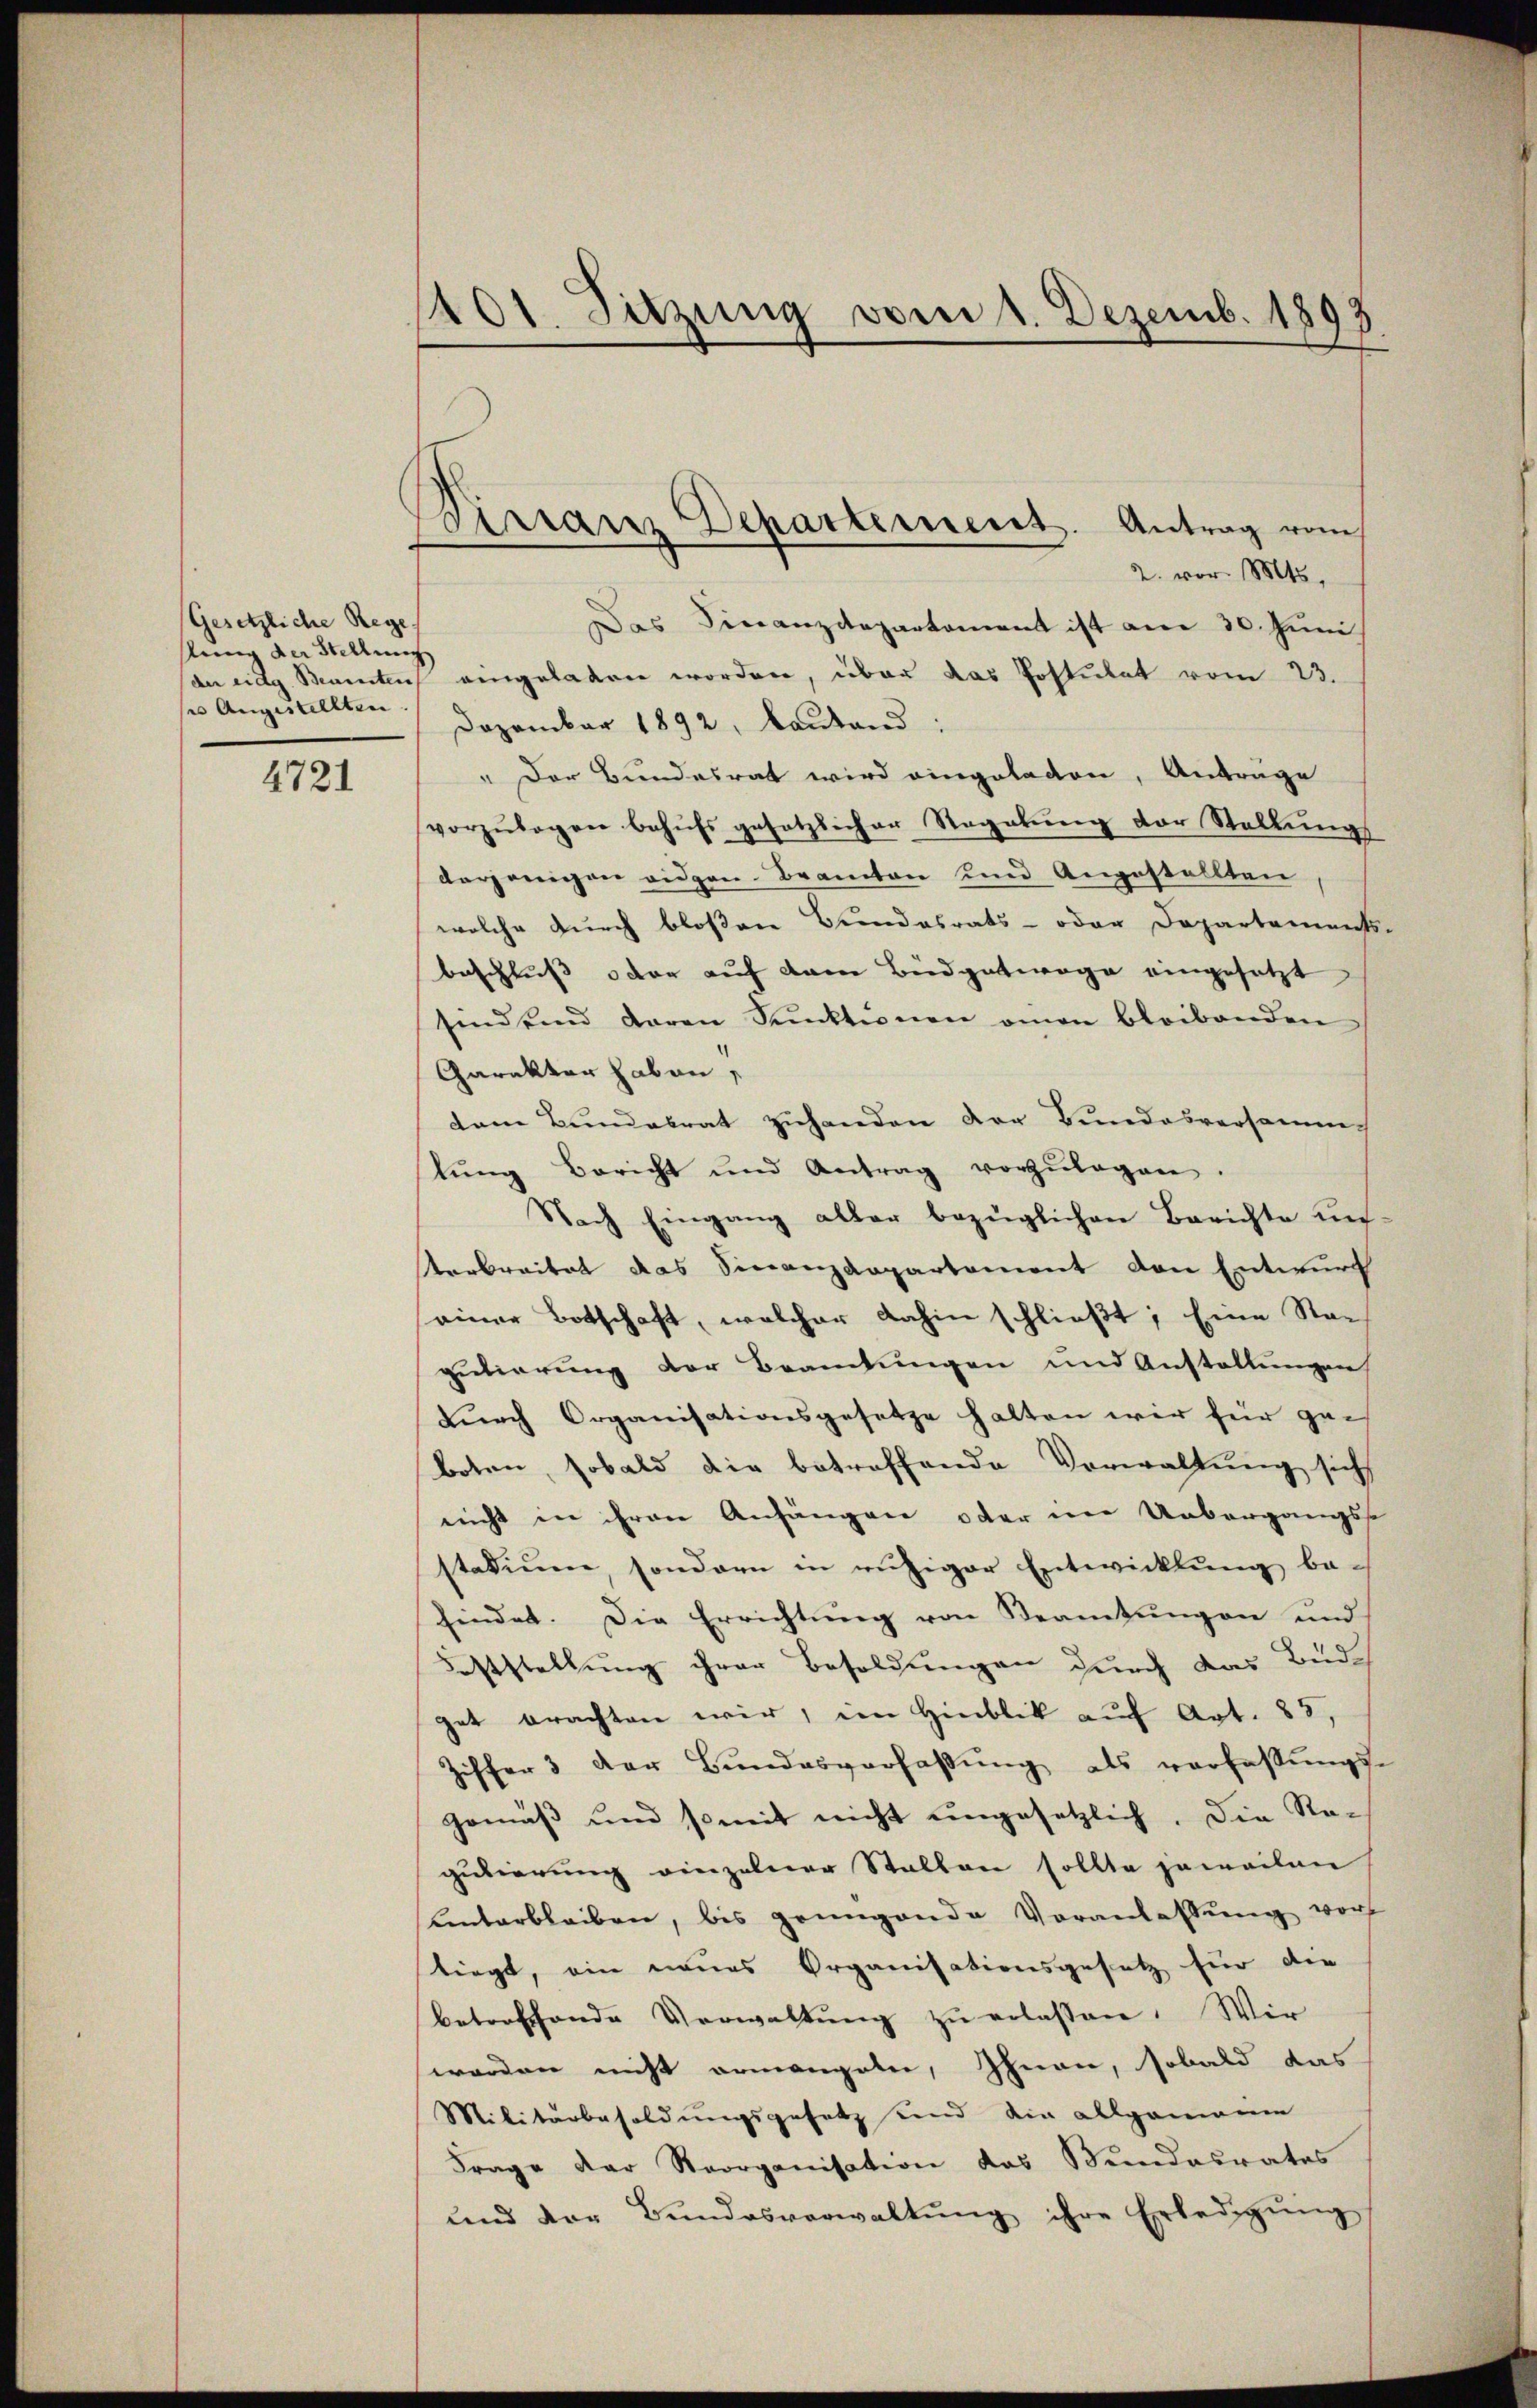
Gesetzliche Rege
stung der Stellung
ses Angestellten.

4721

1401. Sitzung vom 1. Dezemb. 1893.

Birranz Departement. Antrag vom
2. vor. Mts.

Das Finanzdepartement ist am 30. Juni
de eidg. Beamten eingeladen worden, über das Postulat vom 23.
Dezember 1892, Bautend:
" Der Bundesrat wird eingeladen, Anträge
vorzŭlegen behŭfs gesetzlicher Regelŭng der Stellŭngs
derjenigen eidgen. Beamten und Angestellten
welche durch bloßen Bundesrats- oder Departements-
beschluss oder auf dem Büdgetwege eingesetzt
sind end daran Funktinen amen bleibenden
Carakter haben,
dem Bundesrat zuhanden der Bundesversamm
lŭng Bericht und Antrag vorzŭlagen.
Nach Eingang aller bezüglichen Berichte un
Verbreitet das Finanzdepartement den Entwurf
einer Botschaft, welcher dahin schließt; Eine Nach
putierung der Beamtungen und Anstallungen
durch Organisationsgesetze halten wir für geboten, sobald die betreffende Vorwaltung sich
nicht in Frau Anfängen oder im Uebergangsst
stadium, sondern in ruhiger Entwicklung be-
findet. Die Errichtung von Beamtungen und
Feststellung ihrer Besoldungen durch das Bude
get brachten wir, im Hinblick auf Art. 85,
Ziffer 3 der Bŭndesverhaβŭng als verfassŭngs-
Gemäß und somit nicht ungesetzlich. Die Regutierung einzelner Stallen sollte jeweilen
kentarbleiben, bis genügende Voranlassŭng vor
stiegt, ein neues Organisationsgesetz für die
betreffende Verwaltŭng zŭ erlassen. Wir
worden nicht ermangeln, Ihnen, sobald das
Militärbesoldungsgesetz und die allgemonie
Frage der Reorganisation das Bundesrates
ŭnd der Bŭndesverwaltŭng ihre Erledigŭng